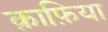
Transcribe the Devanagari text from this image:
क़ाफ़िया